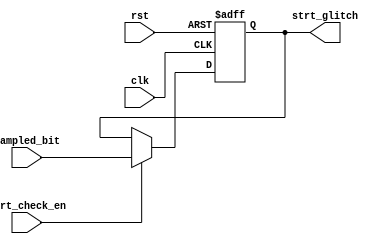
module strt_check (
    input wire strt_check_en,
    input wire sampled_bit,
    input wire rst,
    input wire clk,
    output reg strt_glitch

);


always @(negedge rst or posedge clk)
    begin
        if (!rst)
            begin
                strt_glitch<=0; 
            end
        else
            begin
                if(strt_check_en)
                    strt_glitch<=sampled_bit;
            end
    end    
        
       
endmodule